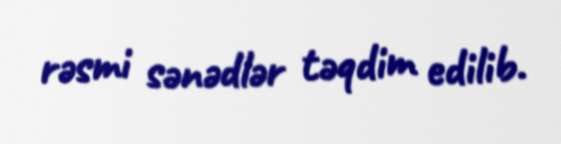
rəsmi sənədlər təqdim edilib.